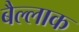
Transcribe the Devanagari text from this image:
बैल्लाक